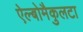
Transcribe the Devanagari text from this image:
ऐल्बोमैकुलटा